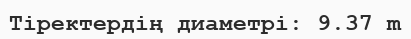
Тіректердің диаметрі: 9.37 m